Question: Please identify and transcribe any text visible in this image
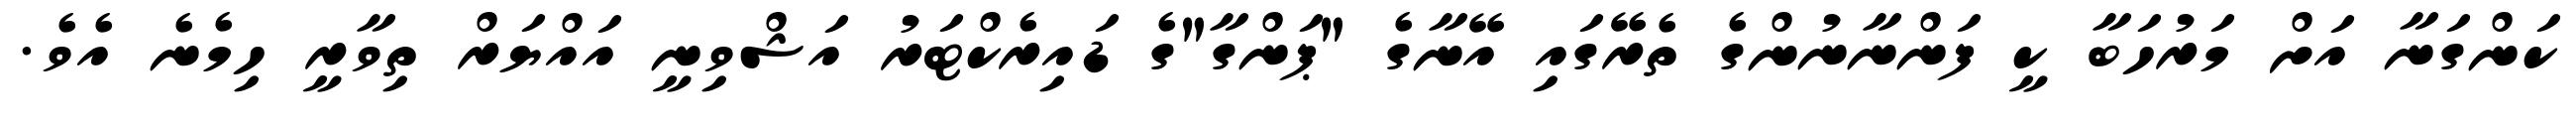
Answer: ކަންގަނާ އަށް މަރުހަބާ ކީ ފަންނާނުންގެ ތެރޭގައި އޭނާގެ "ޕަންގާ"ގެ ޑައިރެކްޓަރު އަޝްވިނީ އައްޔަރް ތިވާރީ ހިމެނެ އެވެ.